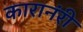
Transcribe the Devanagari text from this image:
कारानंरी